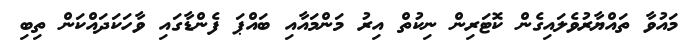
މައުވާ ތައްޔާރުވެލައިގެން ކޮޓަރިން ނިކުތް އިރު މަންމައާއި ބައްޕަ ފެންޑާގައި ވާހަކަދައްކަން ތިބި